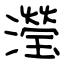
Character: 瀅